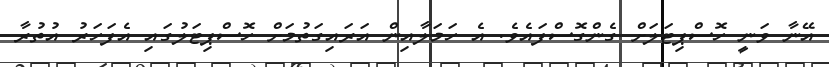
އޭނާ ވަނީ ހޮސްޕިިޓަލަށް ގެންގޮސްފައެވެ. އެ ހަމަލާއިން އަރައިގަތުމަށް ހޮސްޕިޓަލުގައި އެފަހަރު އުތުރާ